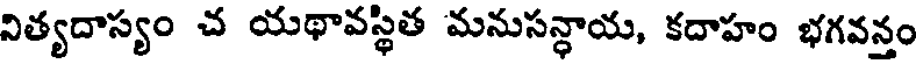
నిత్యదాస్యం చ యథావస్థిత మనుసన్ధాయ, కదాహం భగవన్తం